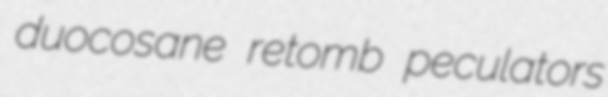
duocosane retomb peculators